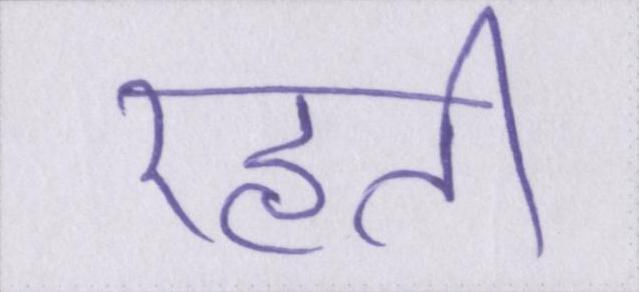
रहती